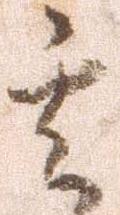
其